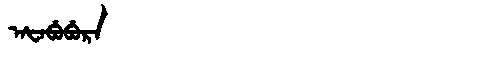
Manchu: ᠠᡶᠠᠪᡠᠪᡠᡵᠠ
Romanization: AFABUBURA